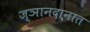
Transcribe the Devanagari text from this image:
ज्ञानदानात